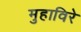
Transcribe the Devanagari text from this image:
मुहाविरे